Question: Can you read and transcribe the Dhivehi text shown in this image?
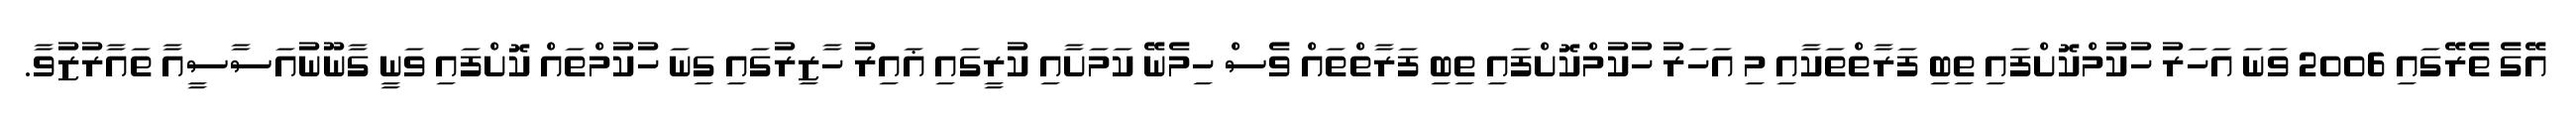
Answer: އޭގެ ތެރޭގައި 2006 ވަނަ އަހަރު ހުކުމްކޮށްފައި ތިބި ފަރާތްތަކާއި މި އަހަރު ހުކުމްކޮށްފައި ތިބި ފަރާތްތައް ވެސް ހިމެނޭ ކަމަށާއި ކުރީގައި ޣައިރު ހާޒިރުގައި ގިނަ ހުކުމްތައް ކޮށްފައި ވަނީ ގާނޫނުއަސާސީއާ ތައާރުޒުވާ.